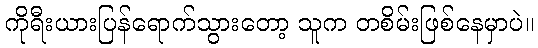
ကိုရီးယားပြန်ရောက်သွားတော့ သူက တစိမ်းဖြစ်နေမှာပဲ။